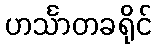
ဟင်္သာတခရိုင်